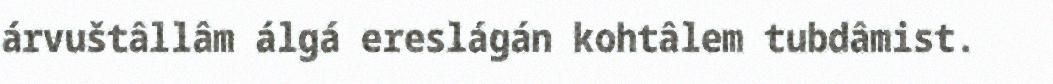
árvuštâllâm álgá ereslágán kohtâlem tubdâmist.